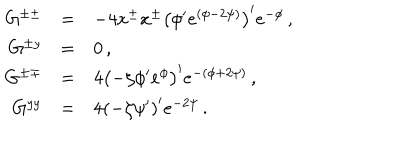
\begin{array} { r c l } { { G ^ { \pm \pm } } } & { { = } } & { { - 4 x ^ { \pm } x ^ { \pm } \left( \phi ^ { \prime } e ^ { ( \phi - 2 \psi ) } \right) ^ { \prime } e ^ { - \phi } \, , } } \\ { { G ^ { \pm y } } } & { { = } } & { { 0 \, , } } \\ { { G ^ { \pm \mp } } } & { { = } } & { { 4 \left( - \zeta \phi ^ { \prime } e ^ { \phi } \right) ^ { \prime } e ^ { - ( \phi + 2 \psi ) } \, , } } \\ { { G ^ { y y } } } & { { = } } & { { 4 \left( - \zeta \psi ^ { \prime } \right) ^ { \prime } e ^ { - 2 \psi } \, . } } \\ \end{array}